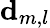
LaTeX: {\mathbf{d}}_{m,l}